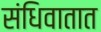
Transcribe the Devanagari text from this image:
संधिवातात